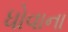
ધોવાના